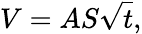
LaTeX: V=AS{\sqrt{t}},